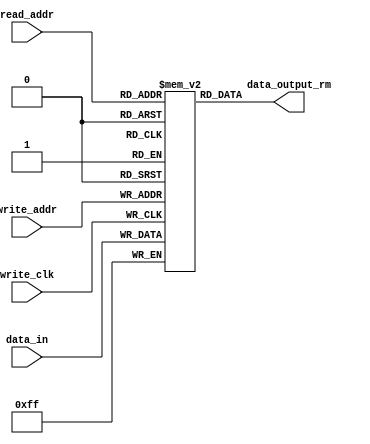
module data_ram(data_in, write_addr, read_addr,write_clk, data_output_rm);

input [7:0] data_in ;
input [3:0] write_addr, read_addr ;
input write_clk ;
output reg [7:0] data_output_rm ;

reg [7:0]stored_data[15:0] ;

always @(posedge write_clk)
begin 
    stored_data[write_addr] <= data_in ;
end 

always @(read_addr)
begin 
    data_output_rm <= stored_data[read_addr] ;
end 

endmodule